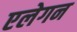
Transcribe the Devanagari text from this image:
एलेगन